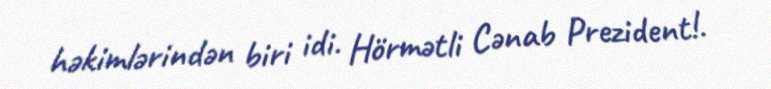
həkimlərindən biri idi. Hörmətli Cənab Prezident!.